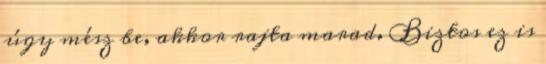
úgy mész be, akkor rajta marad. Biztos ez is